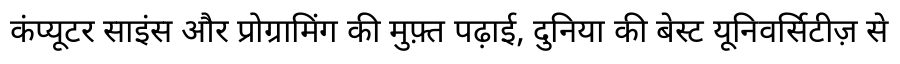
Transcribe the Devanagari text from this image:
कंप्यूटर साइंस और प्रोग्रामिंग की मुफ़्त पढ़ाई, दुनिया की बेस्ट यूनिवर्सिटीज़ से